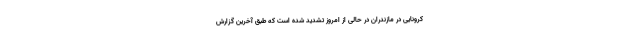
کرونایی در مازندران در حالی از امروز تشدید شده است که طبق آخرین گزارش